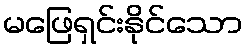
မဖြေရှင်းနိုင်သော